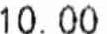
10.00